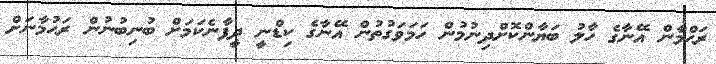
ރަޙްމާން އޭނާގެ ހާލު ބަޔާންކޮށްދިނުމުން ހަމަވަގުތުން އޭނާގެ ކިޑްނީ ދީފާނެކަމަށް ބުނިބުނުން ރަޙުމާނަށް